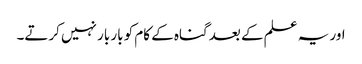
اور یہ علم کے بعد گناہ کے کام کو بار بار نہیں کرتے۔